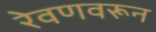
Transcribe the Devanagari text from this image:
रेवणवरून